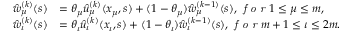
\begin{array} { r l } { \hat { w } _ { \mu } ^ { ( k ) } ( s ) } & { = \theta _ { \mu } \hat { u } _ { \mu } ^ { ( k ) } ( x _ { \mu } , s ) + ( 1 - \theta _ { \mu } ) \hat { w } _ { \mu } ^ { ( k - 1 ) } ( s ) , \textit { f o r } 1 \leq \mu \leq m , } \\ { \hat { w } _ { \iota } ^ { ( k ) } ( s ) } & { = \theta _ { \iota } \hat { u } _ { \iota } ^ { ( k ) } ( x _ { \iota } , s ) + ( 1 - \theta _ { \iota } ) \hat { w } _ { \iota } ^ { ( k - 1 ) } ( s ) , \textit { f o r } m + 1 \leq \iota \leq 2 m . } \end{array}